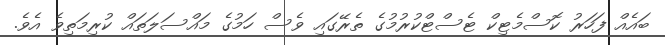
ބައެއް ފަހަރު ކޮސްމެޓިކް ޓެސްޓްކުރުމުގެ ތެރޭގައި ވެސް ހަމުގެ މައްސަލަތައް ކުރިމަތިވެ އެވެ.